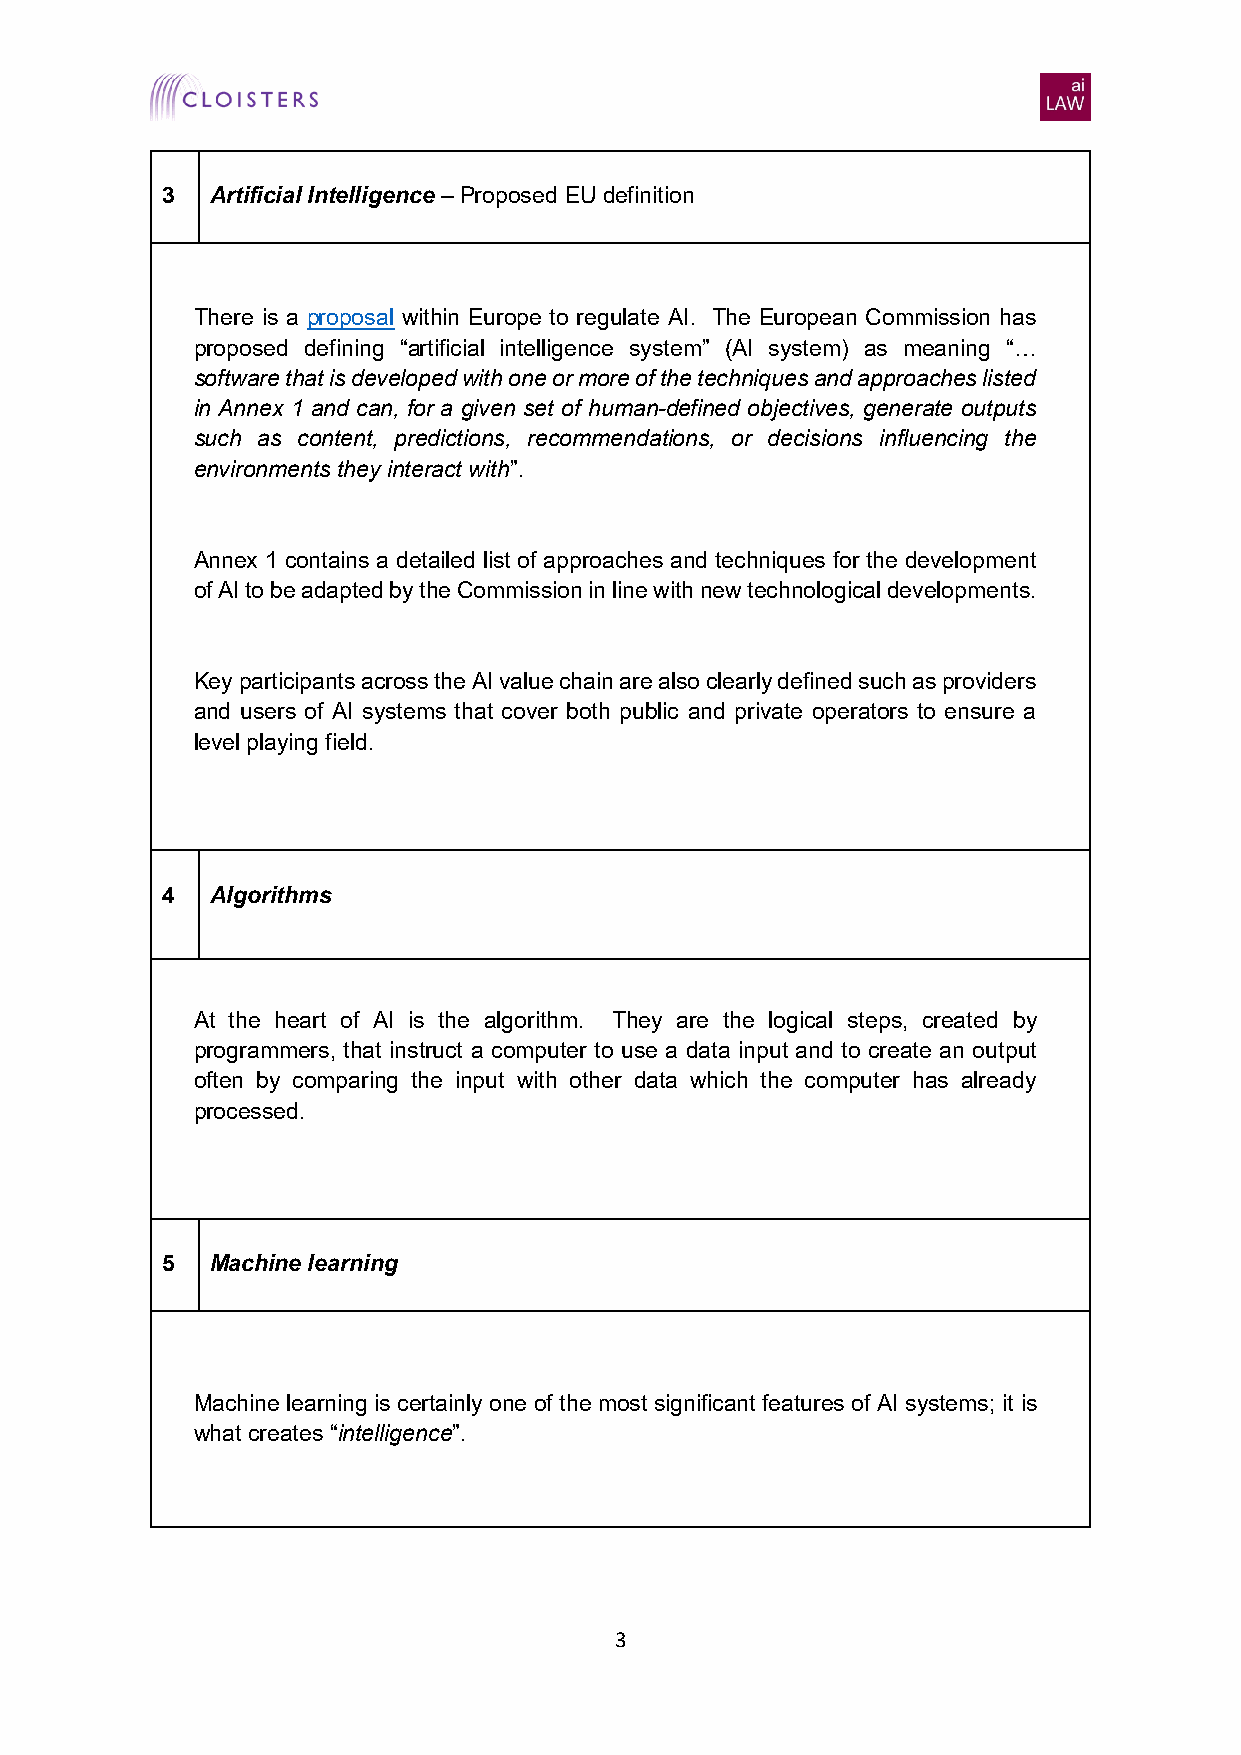
3  Artificial Intelligence – Proposed EU definition
 There is a proposal within Europe to regulate AI. The European Commission has
 proposed defining “artificial intelligence system” (AI system) as meaning “…
 software that is developed with one or more of the techniques and approaches listed
 in Annex 1 and can, for a given set of human-defined objectives, generate outputs
 such as content, predictions, recommendations, or decisions influencing the
 environments they interact with”.
 Annex 1 contains a detailed list of approaches and techniques for the development
 of AI to be adapted by the Commission in line with new technological developments.
 Key participants across the AI value chain are also clearly defined such as providers
 and users of AI systems that cover both public and private operators to ensure a
 level playing field.
 4  Algorithms
 At the heart of AI is the algorithm. They are the logical steps, created by
 programmers, that instruct a computer to use a data input and to create an output
 often by comparing the input with other data which the computer has already
 processed.
 5  Machine learning
 Machine learning is certainly one of the most significant features of AI systems; it is
 what creates “intelligence”.
 3